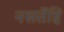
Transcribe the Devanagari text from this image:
नसतेंहि